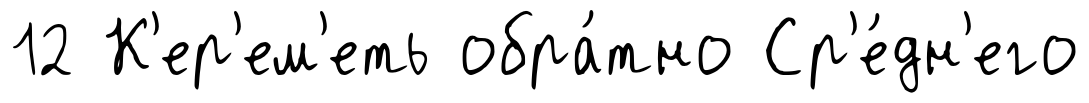
12 К'ер'ем'еть обра́тно Ср'е́дн'его